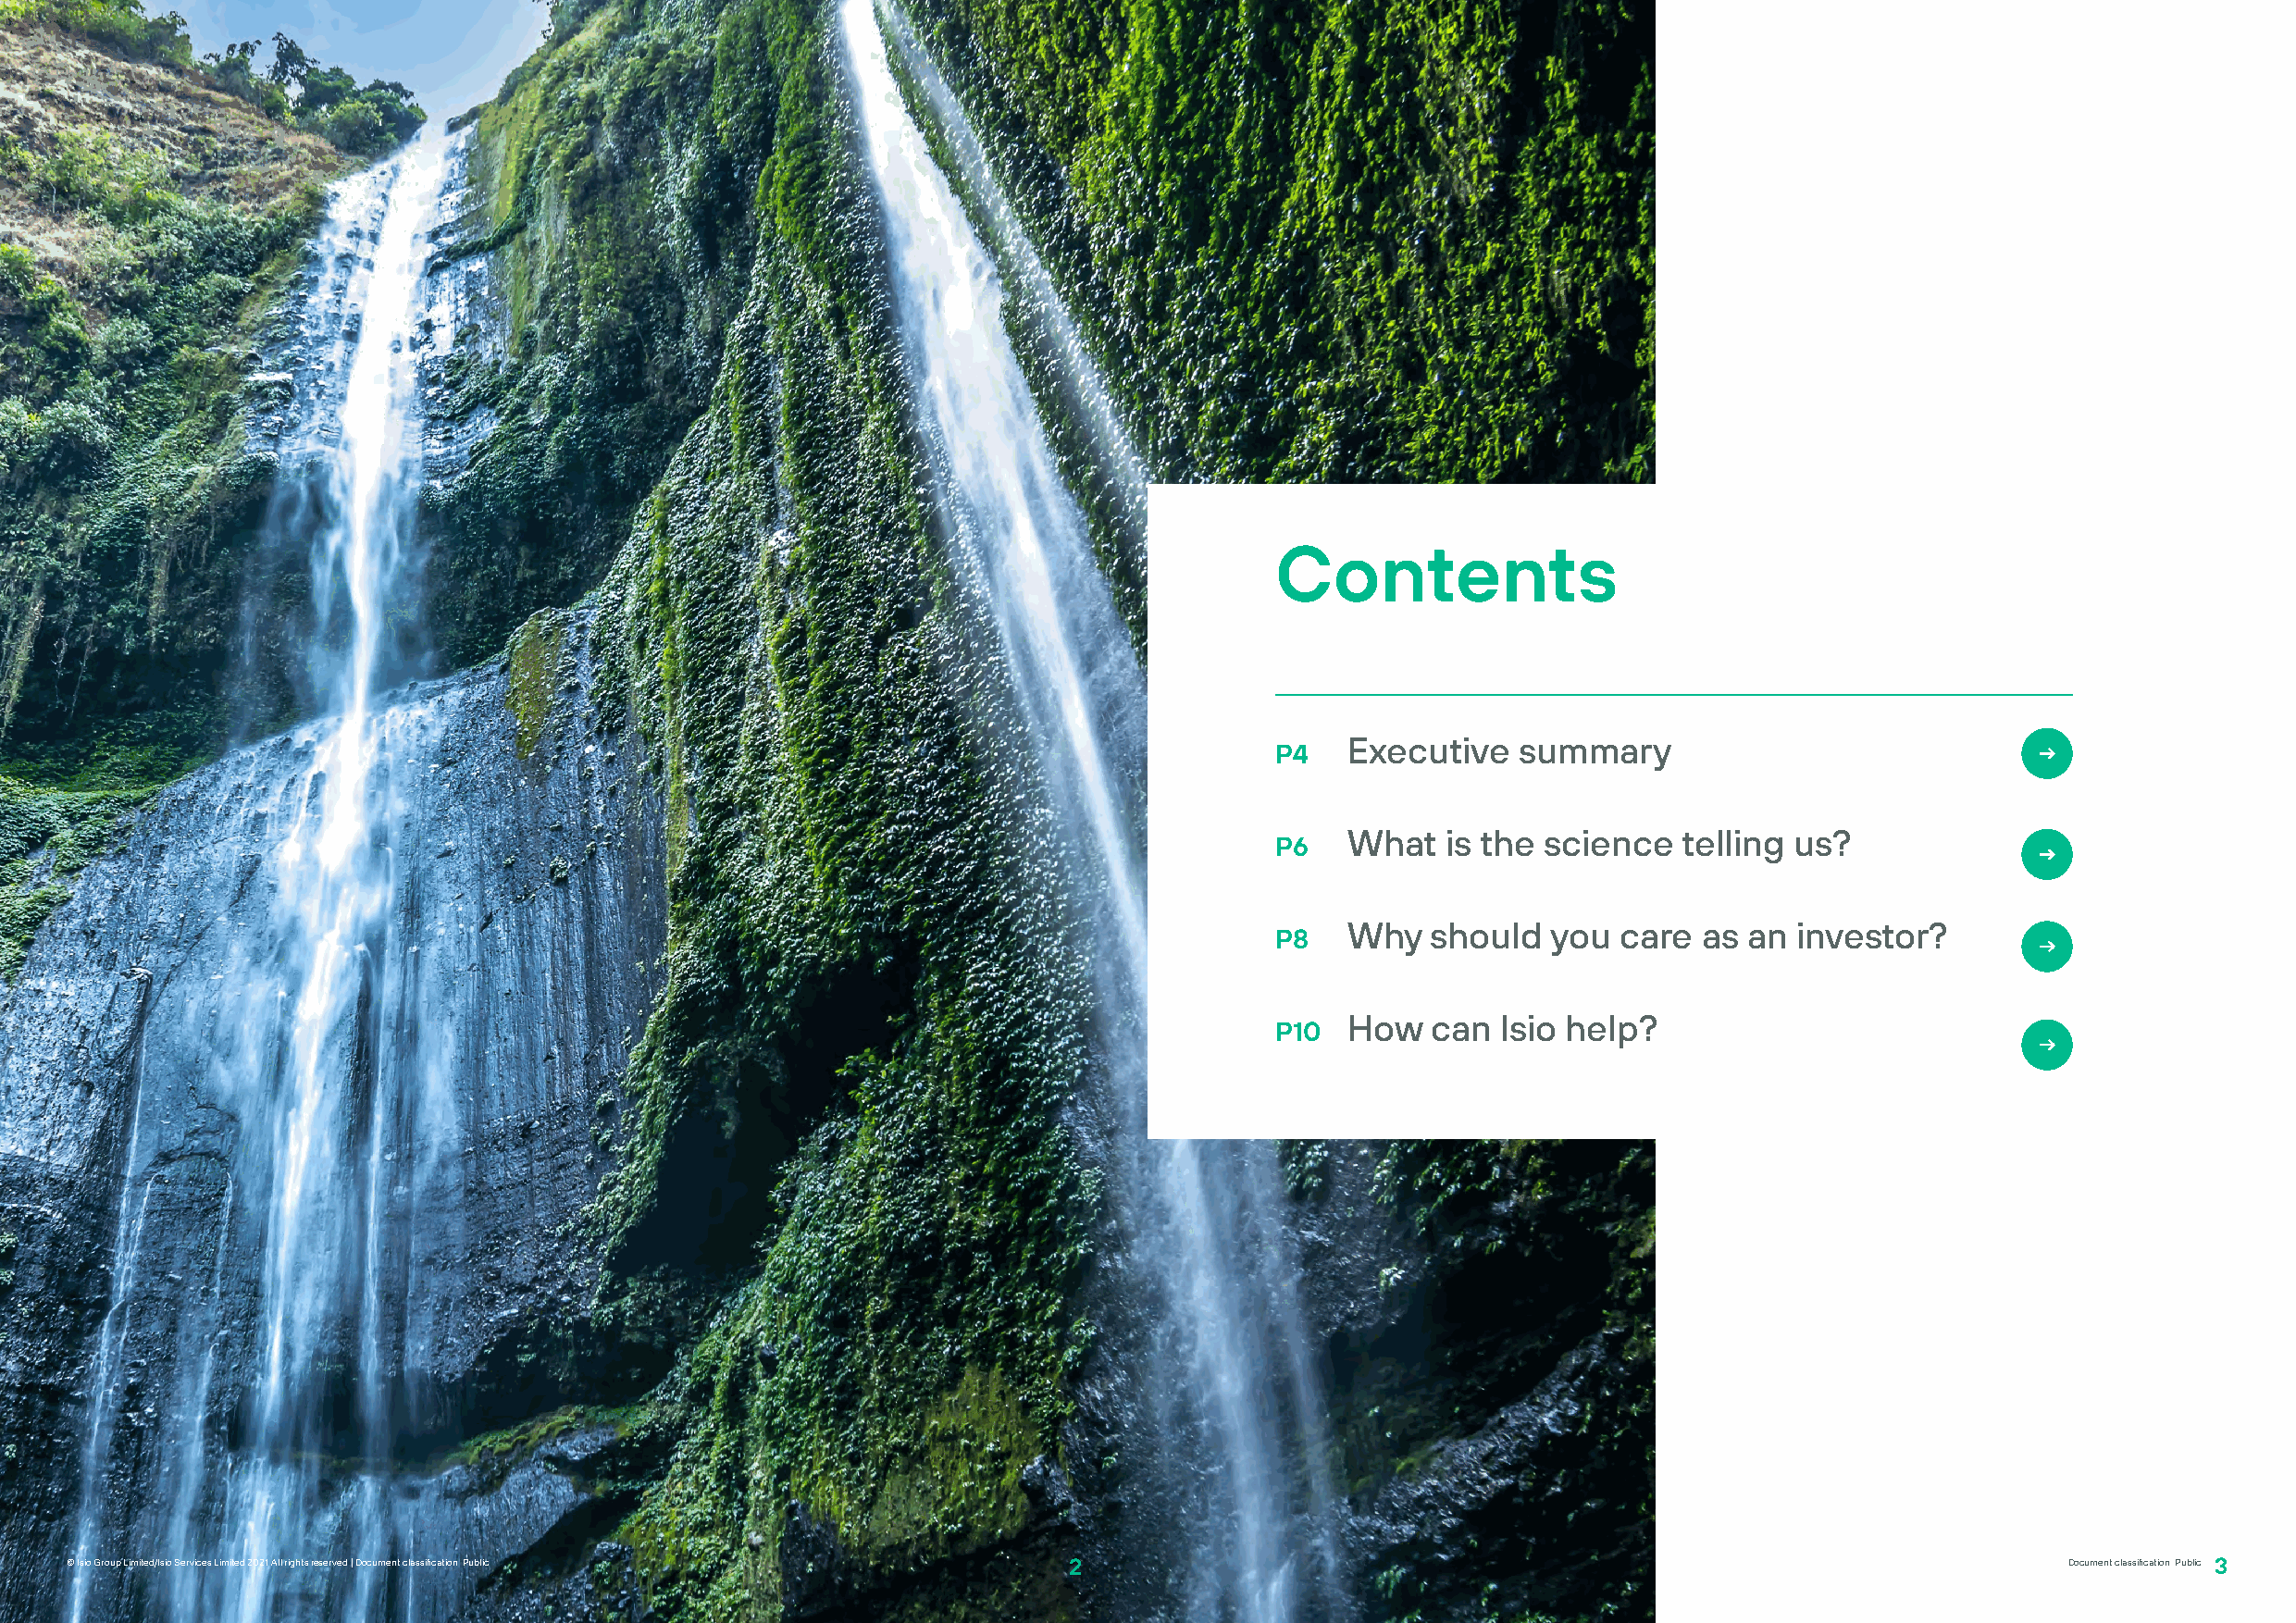
Contents
 Executive    summary
 P4
 What   is the science   telling us?
 P6
 Why   should   you  care  as an  investor?
 P8
 How   can  Isio help?
 P10
 ©© IIssiioo GGrroouupp LLiimmiitteedd//IIssiioo SSeerrvviicceess LLiimmiitteedd 22002211.. AAllll rriigghhttss rreesseerrvveedd | Document classification: Public 22 Document classification: Public 3